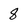
Character: 8